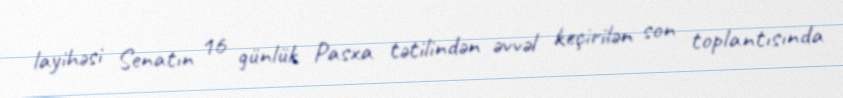
layihəsi Senatın 16 günlük Pasxa tətilindən əvvəl keçirilən son toplantısında